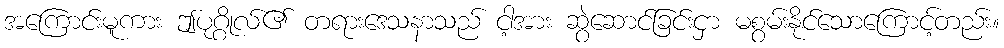
အကြောင်းမူကား ဤပုဂ္ဂိုလ်၏ တရားဒေသနာသည် ငါ့အား ဆွဲဆောင်ခြင်းငှာ မစွမ်းနိုင်သောကြောင့်တည်း။